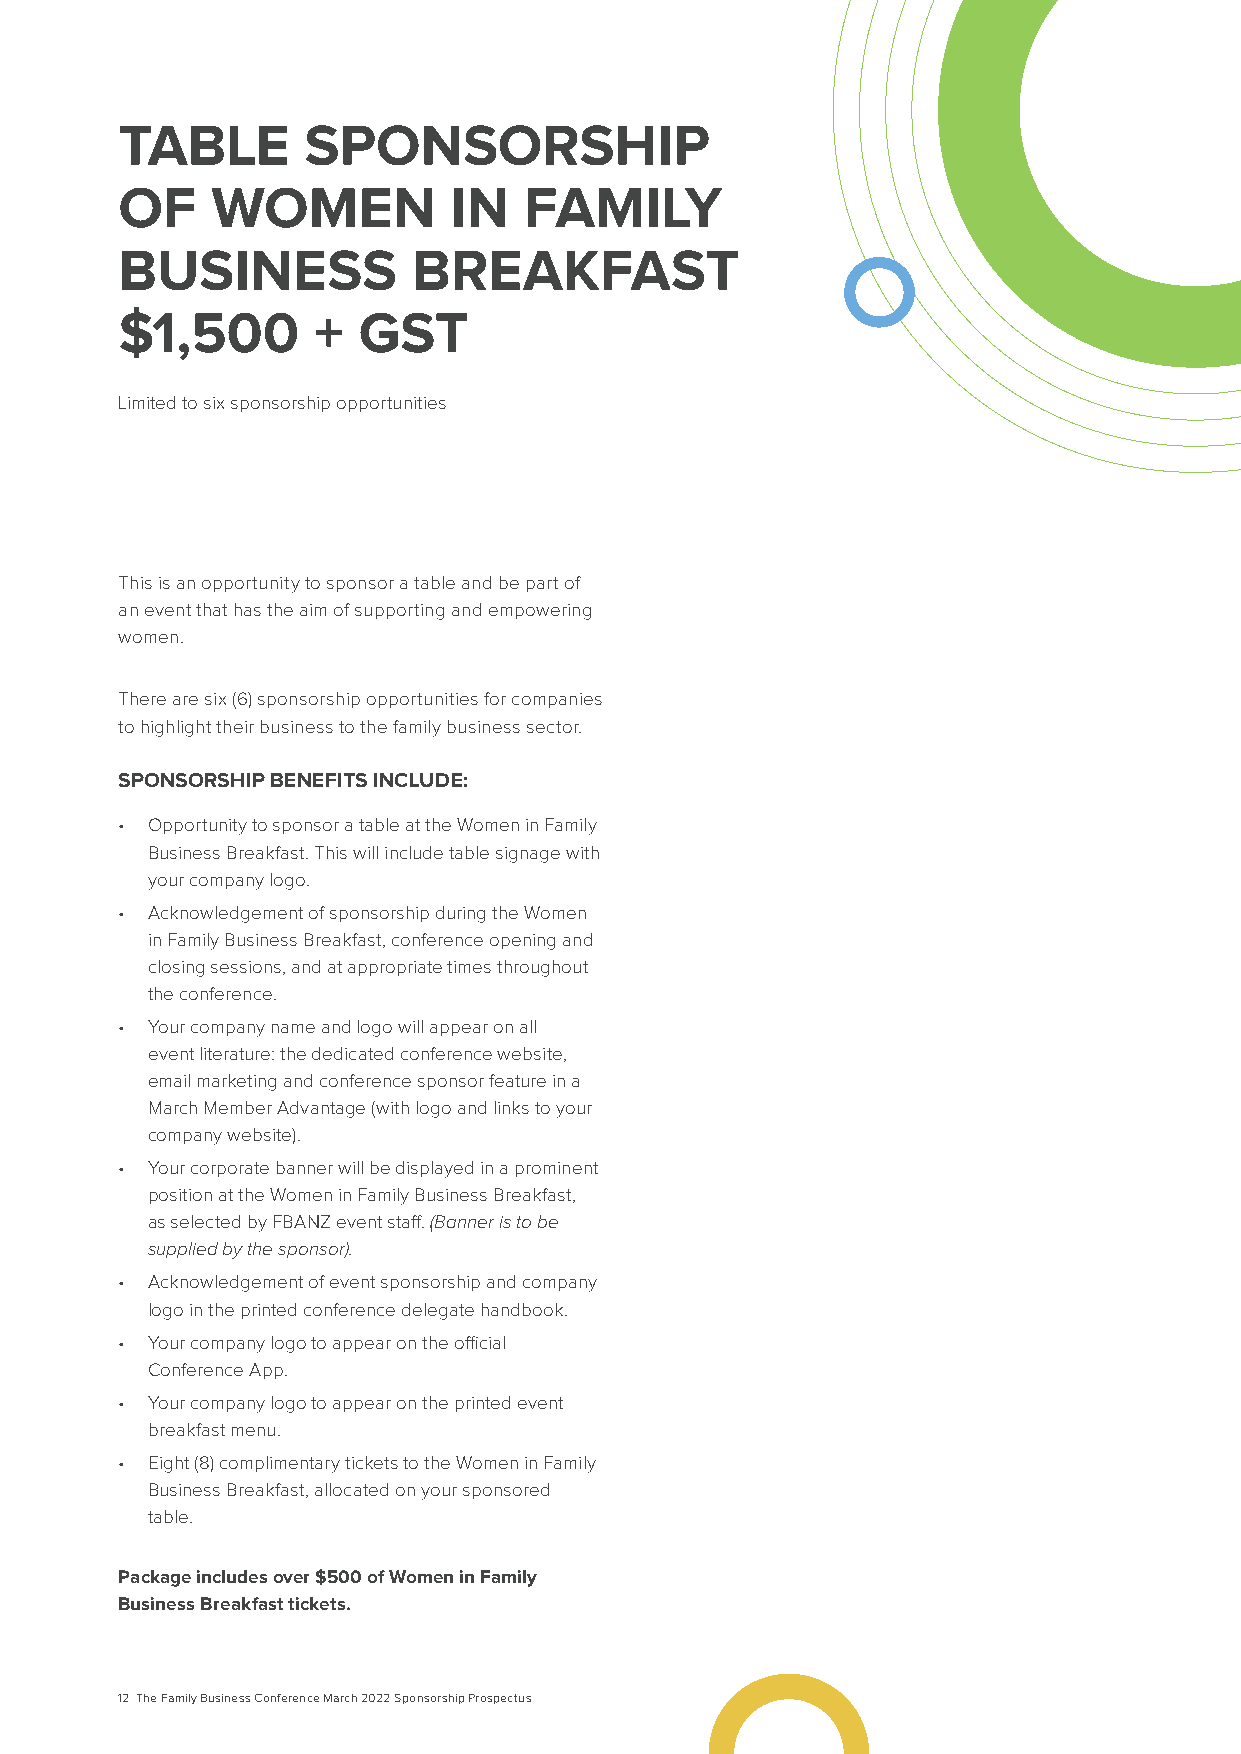
TABLE       SPONSORSHIP
 OF    WOMEN           IN   FAMILY
 BUSINESS           BREAKFAST
 $1,500       +  GST
 Limited to six sponsorship opportunities
 This is an opportunity to sponsor a table and be part of
 an event that has the aim of supporting and empowering
 women.
 There are six (6) sponsorship opportunities for companies
 to highlight their business to the family business sector.
 SPONSORSHIP BENEFITS INCLUDE:
 • Opportunity to sponsor a table at the Women in Family
 Business Breakfast. This will include table signage with
 your company logo.
 • Acknowledgement of sponsorship during the Women
 in Family Business Breakfast, conference opening and
 closing sessions, and at appropriate times throughout
 the conference.
 • Your company name and logo will appear on all
 event literature: the dedicated conference website,
 email marketing and conference sponsor feature in a
 March Member Advantage (with logo and links to your
 company website).
 • Your corporate banner will be displayed in a prominent
 position at the Women in Family Business Breakfast,
 as selected by FBANZ event staff. (Banner is to be
 supplied by the sponsor).
 • Acknowledgement of event sponsorship and company
 logo in the printed conference delegate handbook.
 • Your company logo to appear on the official
 Conference App.
 • Your company logo to appear on the printed event
 breakfast menu.
 • Eight (8) complimentary tickets to the Women in Family
 Business Breakfast, allocated on your sponsored
 table.
 Package includes over $500 of Women in Family
 Business Breakfast tickets.
 12 The Family Business Conference March 2022 Sponsorship Prospectus